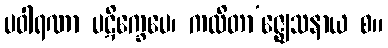
ပဝါရဏာ ပဋိက္ခေပေ၊ ကထိတာ’ဇ္ဈေသနာယ စ။